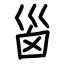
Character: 𡿺